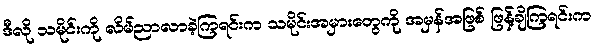
ဒီလို သမိုင်းကို လိမ်ညာလာခဲ့ကြရင်းက သမိုင်းအမှားတွေကို အမှန်အဖြစ် ဖြန့်ချိကြရင်းက